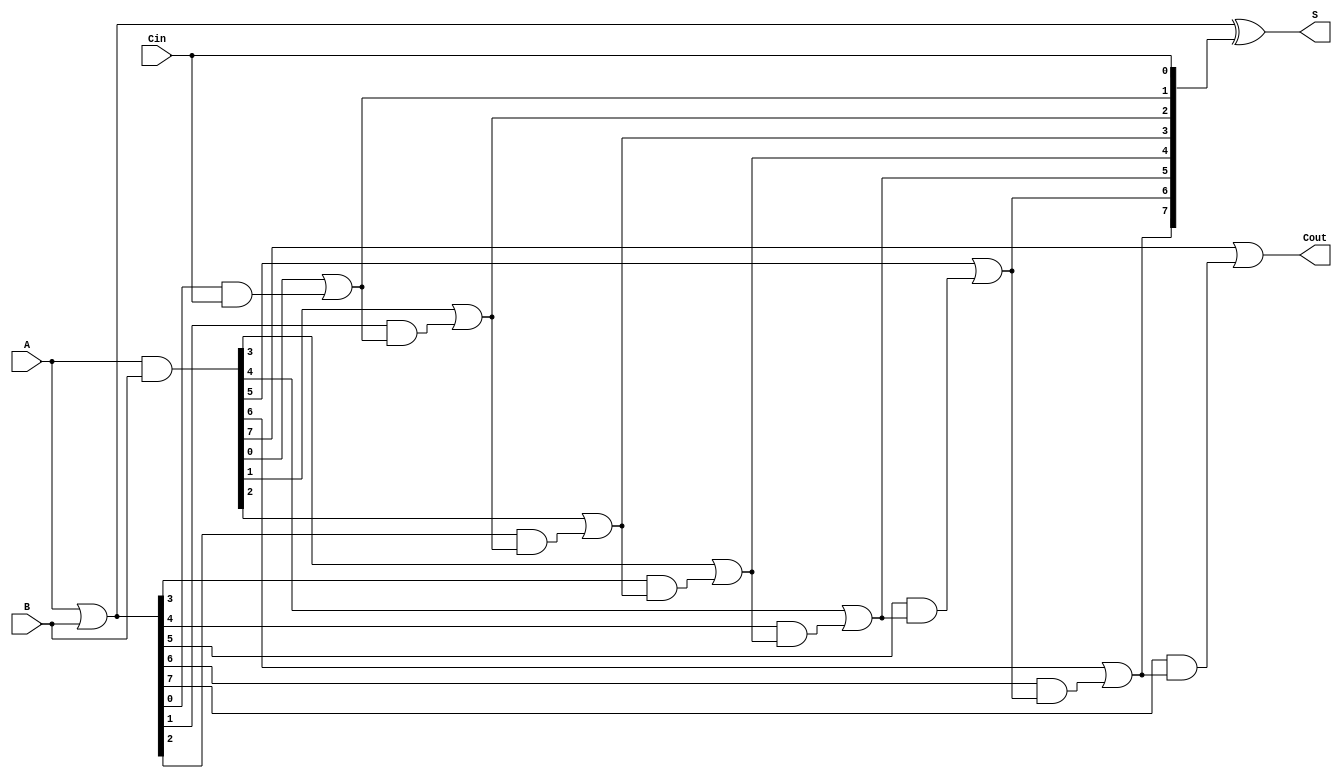
module KoggeStoneAdder #(parameter N = 8) (
    input  [N-1:0] A,      // First n-bit input
    input  [N-1:0] B,      // Second n-bit input
    input          Cin,     // Carry-in
    output [N-1:0] S,      // Sum output
    output         Cout     // Carry-out
);

    // Generate and Propagate signals
    wire [N-1:0] G; // Generate
    wire [N-1:0] P; // Propagate
    wire [N:0] C;   // Carry

    // Generate and Propagate calculations
    assign G = A & B;          // G[i] = A[i] & B[i]
    assign P = A | B;          // P[i] = A[i] | B[i]

    // Carry computation using Kogge-Stone logic
    assign C[0] = Cin; // Initial carry input

    genvar i, j;
    generate
        // Stage 1
        for (i = 0; i < N; i = i + 1) begin
            assign C[i + 1] = G[i] | (P[i] & C[i]);
        end
    endgenerate

    // Sum calculation
    assign S = P ^ C[N-1:0]; // S[i] = P[i] ^ C[i-1]

    // Carry-out
    assign Cout = C[N]; // Carry-out from the last carry bit

endmodule